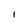
Character: I